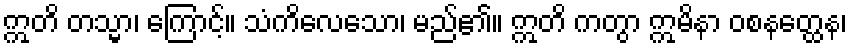
ဣတိ တသ္မာ၊ ကြောင့်။ သံကိလေသော၊ မည်၏။ ဣတိ ကတွာ ဣမိနာ ဝစနတ္ထေန၊